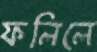
ফলিলে